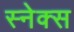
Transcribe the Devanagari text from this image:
स्नेक्स